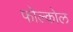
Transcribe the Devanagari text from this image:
फोल्कोल